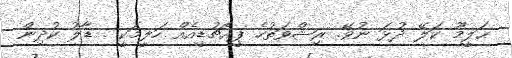
ޙަލީމޫ ކަލޭ ދުޅަ ނުވޭ. ރިޝްވަތުހެ ޕީއެޗުޑީއެއް ހަލީމަކީ . ޑާލު ކުދިން